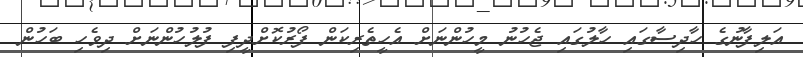
އަލިފާނުގެ ހާދިސާގައި ހާލުގައި ޖެހުނު މީހުންނަށް އެހީތެރިކަން ފޯރުކޮށްދީފި ފުލުހުންނަށް ދިވެހި ބަހުން